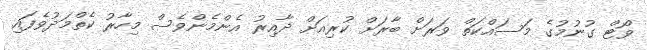
ވޯޓް ގުނުމުގެ މަސައްކަތް ވަރަށް ބާރަށް ކުރިއަށް ދާއިރު އެންމެންވެސް މިހާރު ކެތްމަދުވެފައި